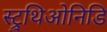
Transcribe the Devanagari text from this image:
स्ट्रुथिओनिडि